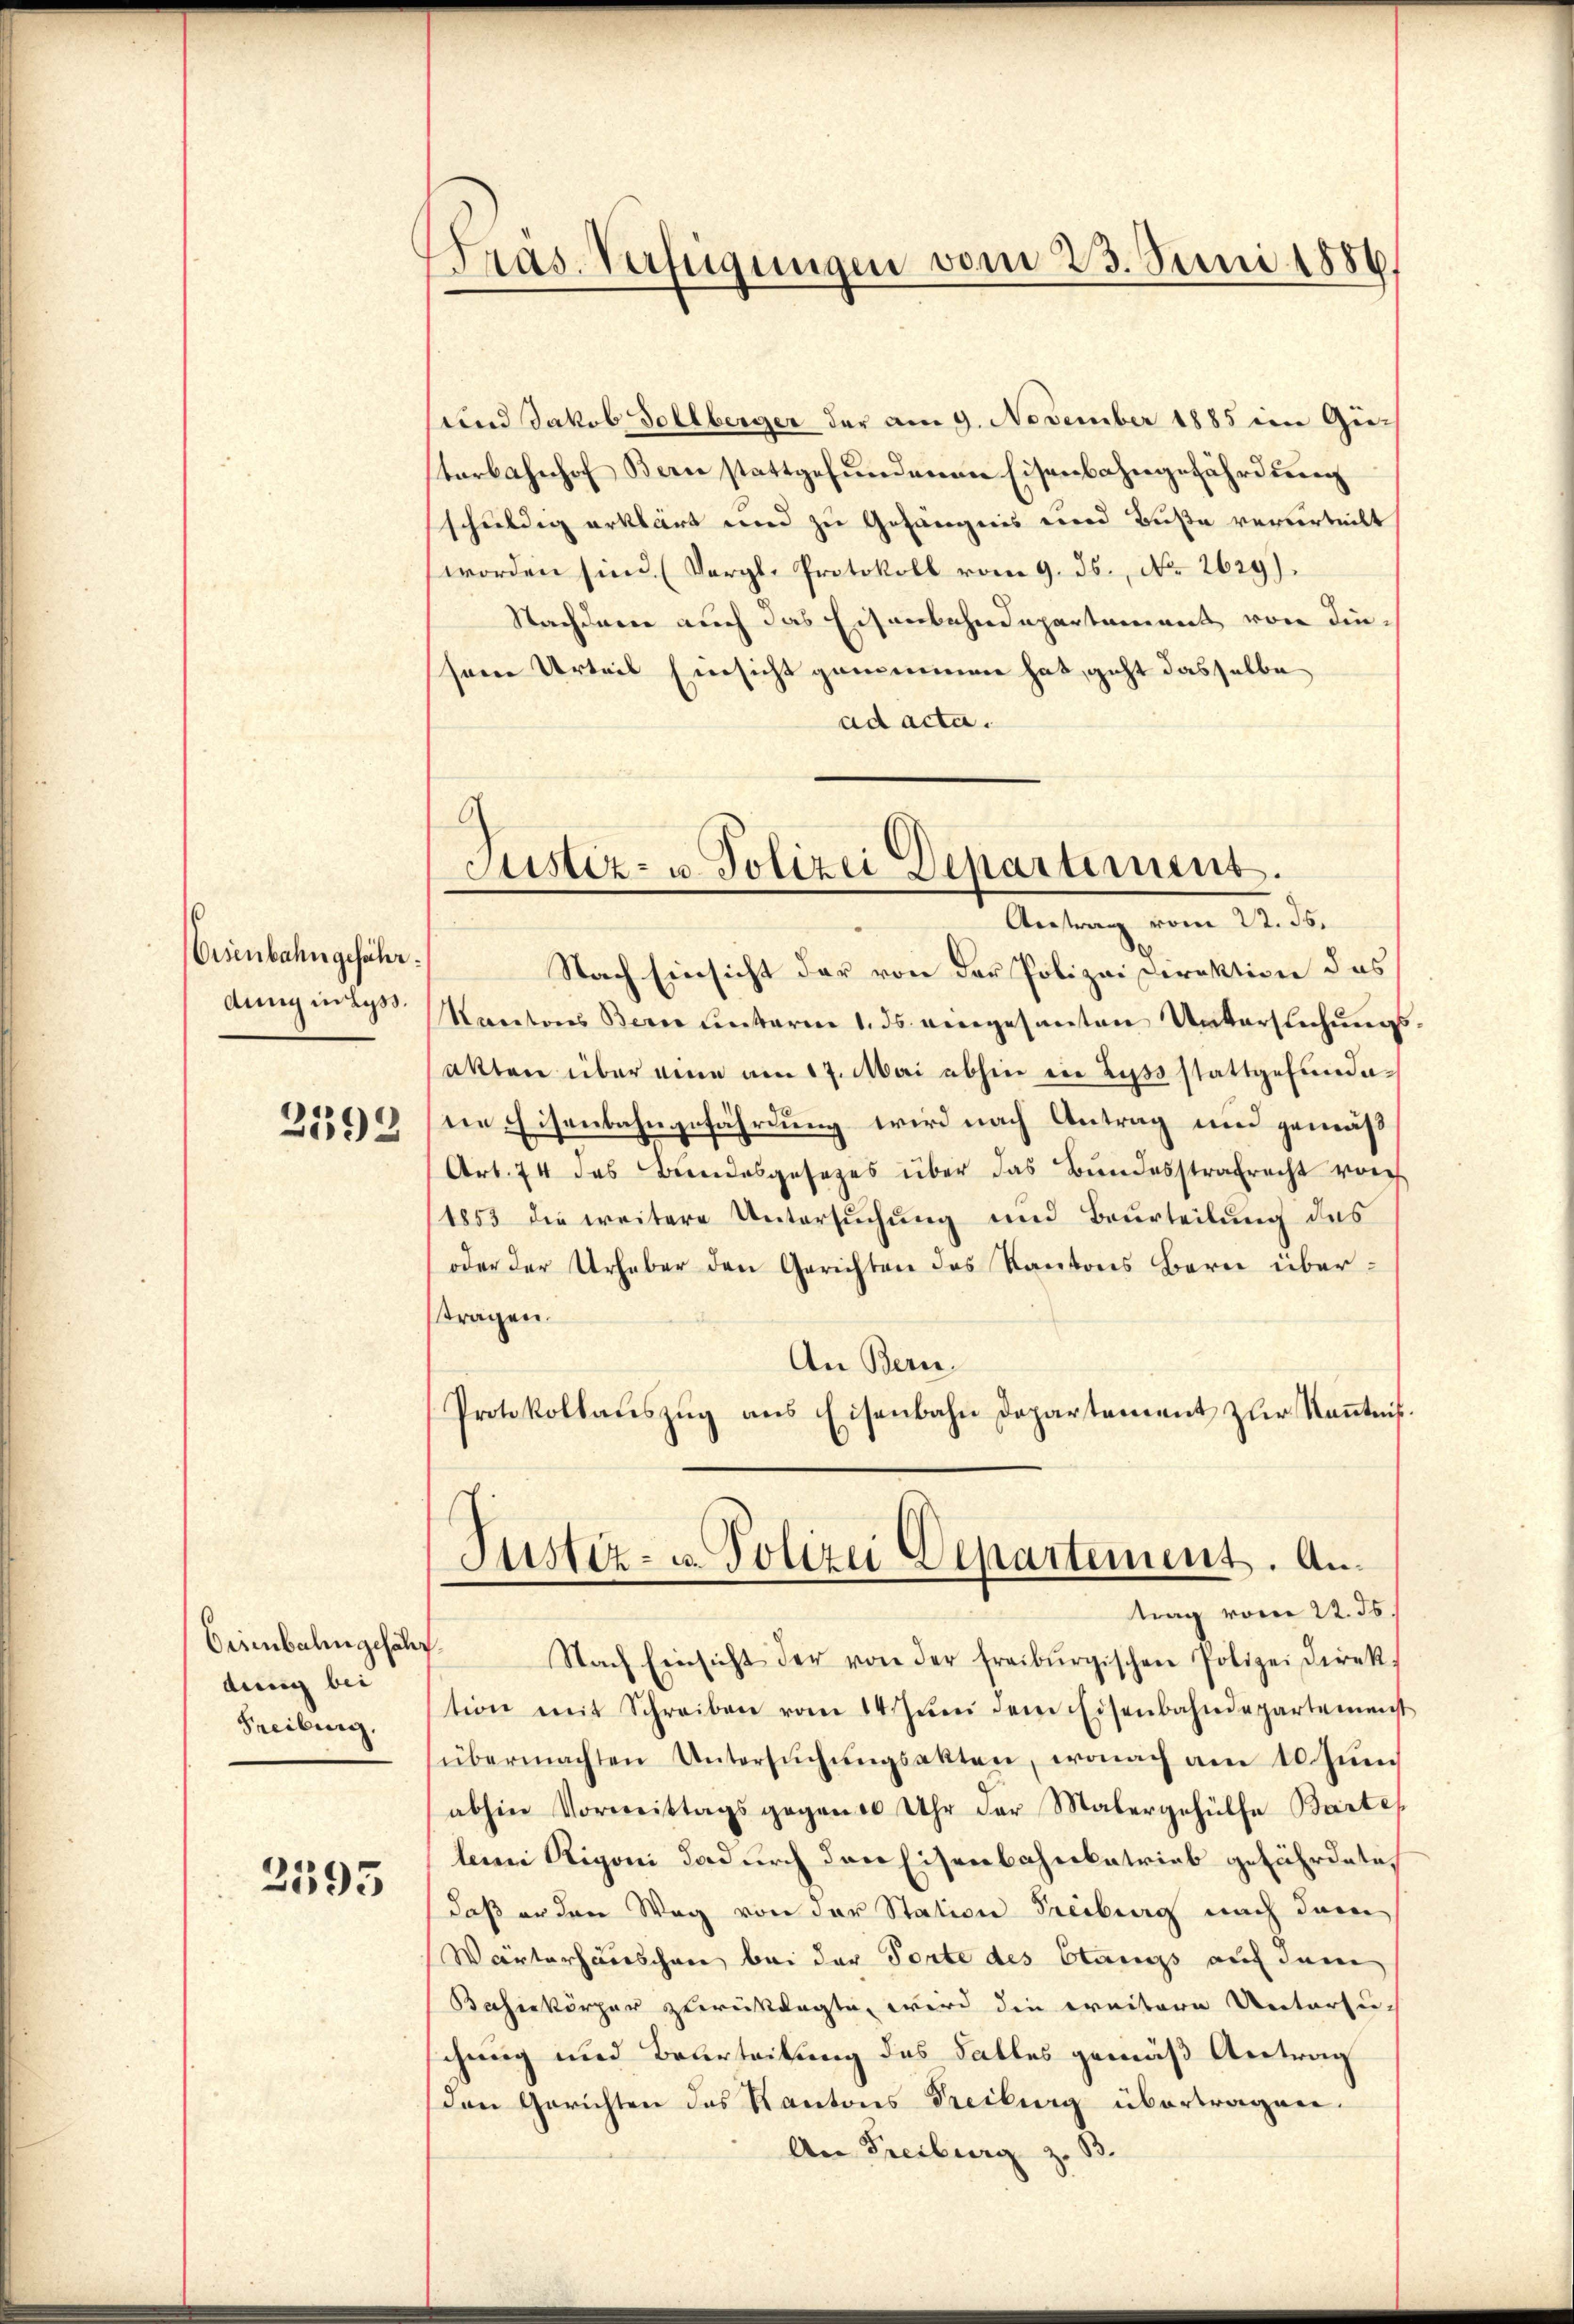
Eisenbahngefährdung in Lyss.
2592

Orienbahngefäh
dung bei
Freiburg.

2595

d
Pras Verfügungen vom 23. Juni 1886.

und Jakob Sollberger der am 9. November 1885 im Gesterbahnhof Bern stattgefundenen Eisenbahngefährdung
schuldig erklärt und zu Gefängnis und Buße verurteilt
worden sind. (Vergl. Protokoll vom 9. ds., No 2629).
Nachdem auch das Eisenbahndepartament von dieseine Urteil Einsicht gemeinen hat, geht dasselbe
ad acta.

Justiz- u. Polizei Departement.
Antrag vom 22. 36.

Nach Einsicht der von der Polizei Direktion das
Rectores Berne unterm 1. ds. angesanten Untersuchungs
akten über eine am 17. Mai abhin ein Lyss stattgefundane Eisenbahngefährdung wird nach Antrag und gemäß
Art. 74 des Bundesgesetzes über das Bundesstrafrecht von
1853 die weitere Untersuchung und Beurteilung des
oder der Urheber den Gerichten des Kantons Bern überttragen.
An Bern.
Protokollaŭszŭg ans Eisenbahn Departement zŭr Keṅtnis.
Justiz- u. Polizei Departement. Antrag vom 22. ds.
.
Nach Einsicht der von der freiburgischen Polizeidirek
tion mit Schreiben vom 14. Jŭni dem Eisenbahndepartement
übermachten Untersŭchŭngsakten, wonach am 10 Juni
abhin Vormittags gegen 10 Uhr der Malergehülfe Bartes
leine Rigoni dadurch den Eisenbahnkatrieb gefährdete,
daß er den Weg von der Station Freiburg nach darin
Wärterhäuschen bei der Torte des Stangs auf dem
Bahinkörper zurücklagte, wird die weitere Untersuschung und Beurteilung des Falles gemäß Antrag
den Gerichten des Kantons Treiburg übertragner.
An Freiburg z. B.